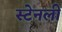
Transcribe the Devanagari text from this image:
स्‍टेनली